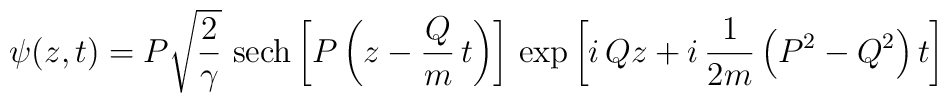
\psi (z, t) = P \sqrt{\frac{2}{\gamma}}\ \mbox{sech}\left[P\left(z - \frac{Q}{m}\,t\right)\right]\,\exp \left[i\, Q z + i\,\frac{1}{2 m}\left(P^{2} - Q^{2}\right)t\right]